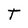
Character: T